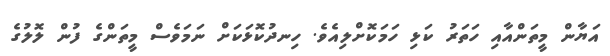
އަޔާން މީތަންއާއި ހަތަރު ކަޅި ހަމަކޮށްލިއެވެ. ހިނދުކޮޅަަކަށް ނަމަވެސް މީތަންގެ ފުން ލޮލުގެ